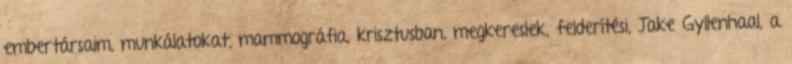
embertársaim, munkálatokat, mammográfia, krisztusban, megkereslek, felderítési, Jake Gyllenhaal, a